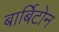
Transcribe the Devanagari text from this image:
बार्बिटोन